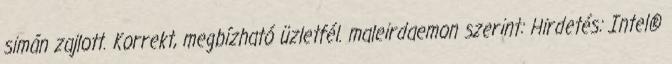
simán zajlott. Korrekt, megbízható üzletfél. maleirdaemon szerint: Hirdetés: Intel®